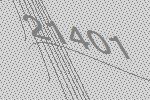
21401